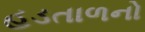
હડતાળનો